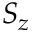
S _ { z }